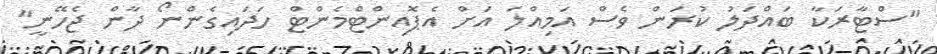
"ސްޓާރަކާ ބައްދަލު ކުރަން ވެސް އަމިއްލަ އަށް އެޕޮއިންޓްމެންޓް ހަދައިގެންނޯ ދާން ޖެހޭނީ"